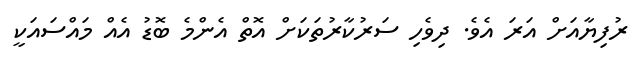
ރުފިޔާއަށް އަރަ އެވެ. ދިވެހި ސަރުކާރުތަކަށް އޮތް އެންމެ ބޮޑު އެއް މައްސައަކީ